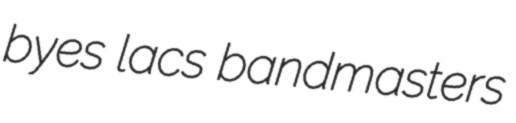
byes lacs bandmasters